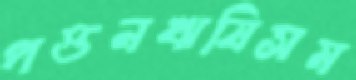
পত্তনঋষিসম